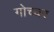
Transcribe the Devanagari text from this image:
गोच्चर